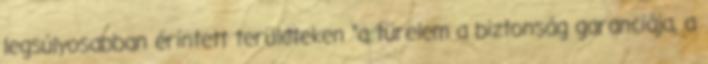
legsúlyosabban érintett területeken "a türelem a biztonság garanciája, a